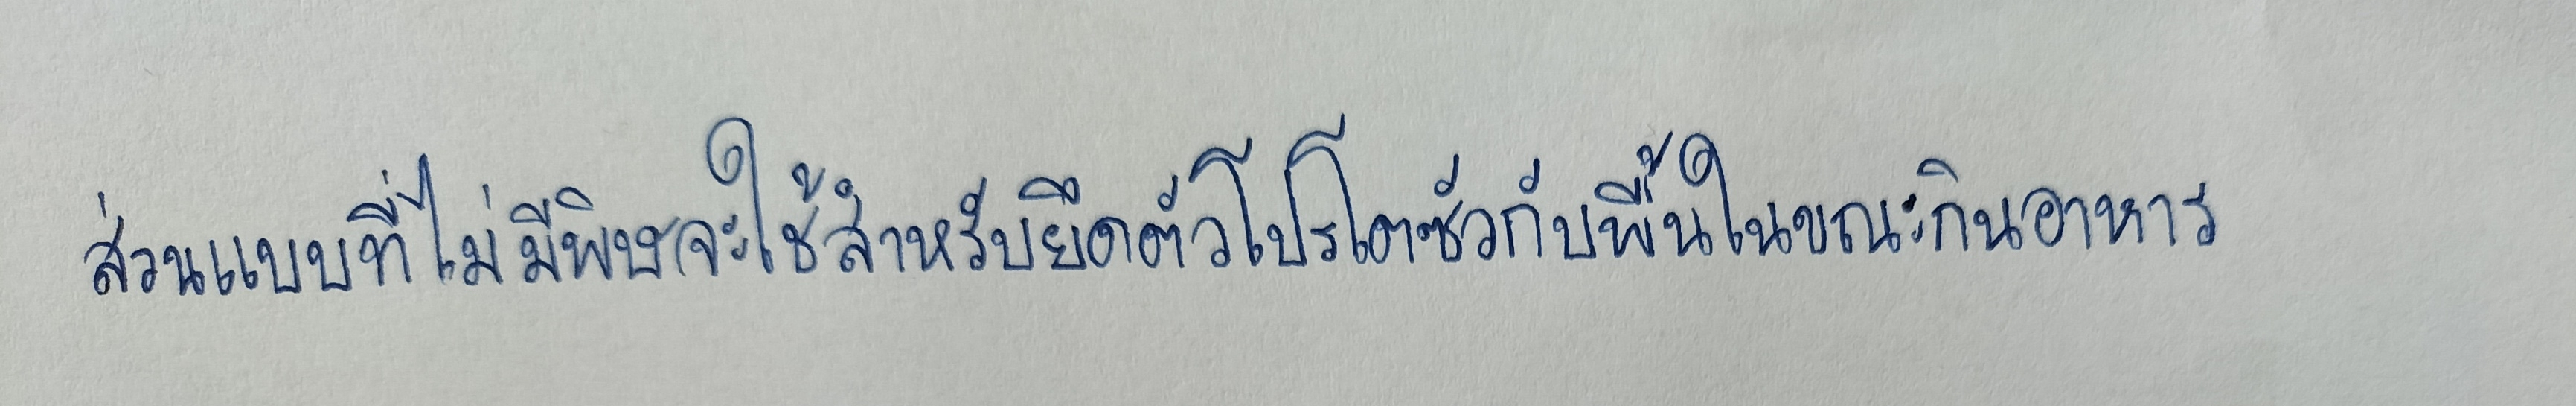
ส่วนแบบที่ไม่มีพิษจะใช้สำหรับยึดตัวโปรโตซัวกับพื้นในขณะกินอาหาร